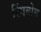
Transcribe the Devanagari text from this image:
रिंगबोम